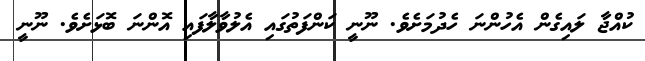
ކުއްޖާ ލައިގެން އެހުންނަ ހެދުމަށެވެ. ނޫނީ ކަންފަތުގައި އެލުވާލާފައި އޮންނަ ބޮޅަށެވެ. ނޫނީ